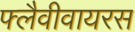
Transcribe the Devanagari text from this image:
फ्लैवीवायरस